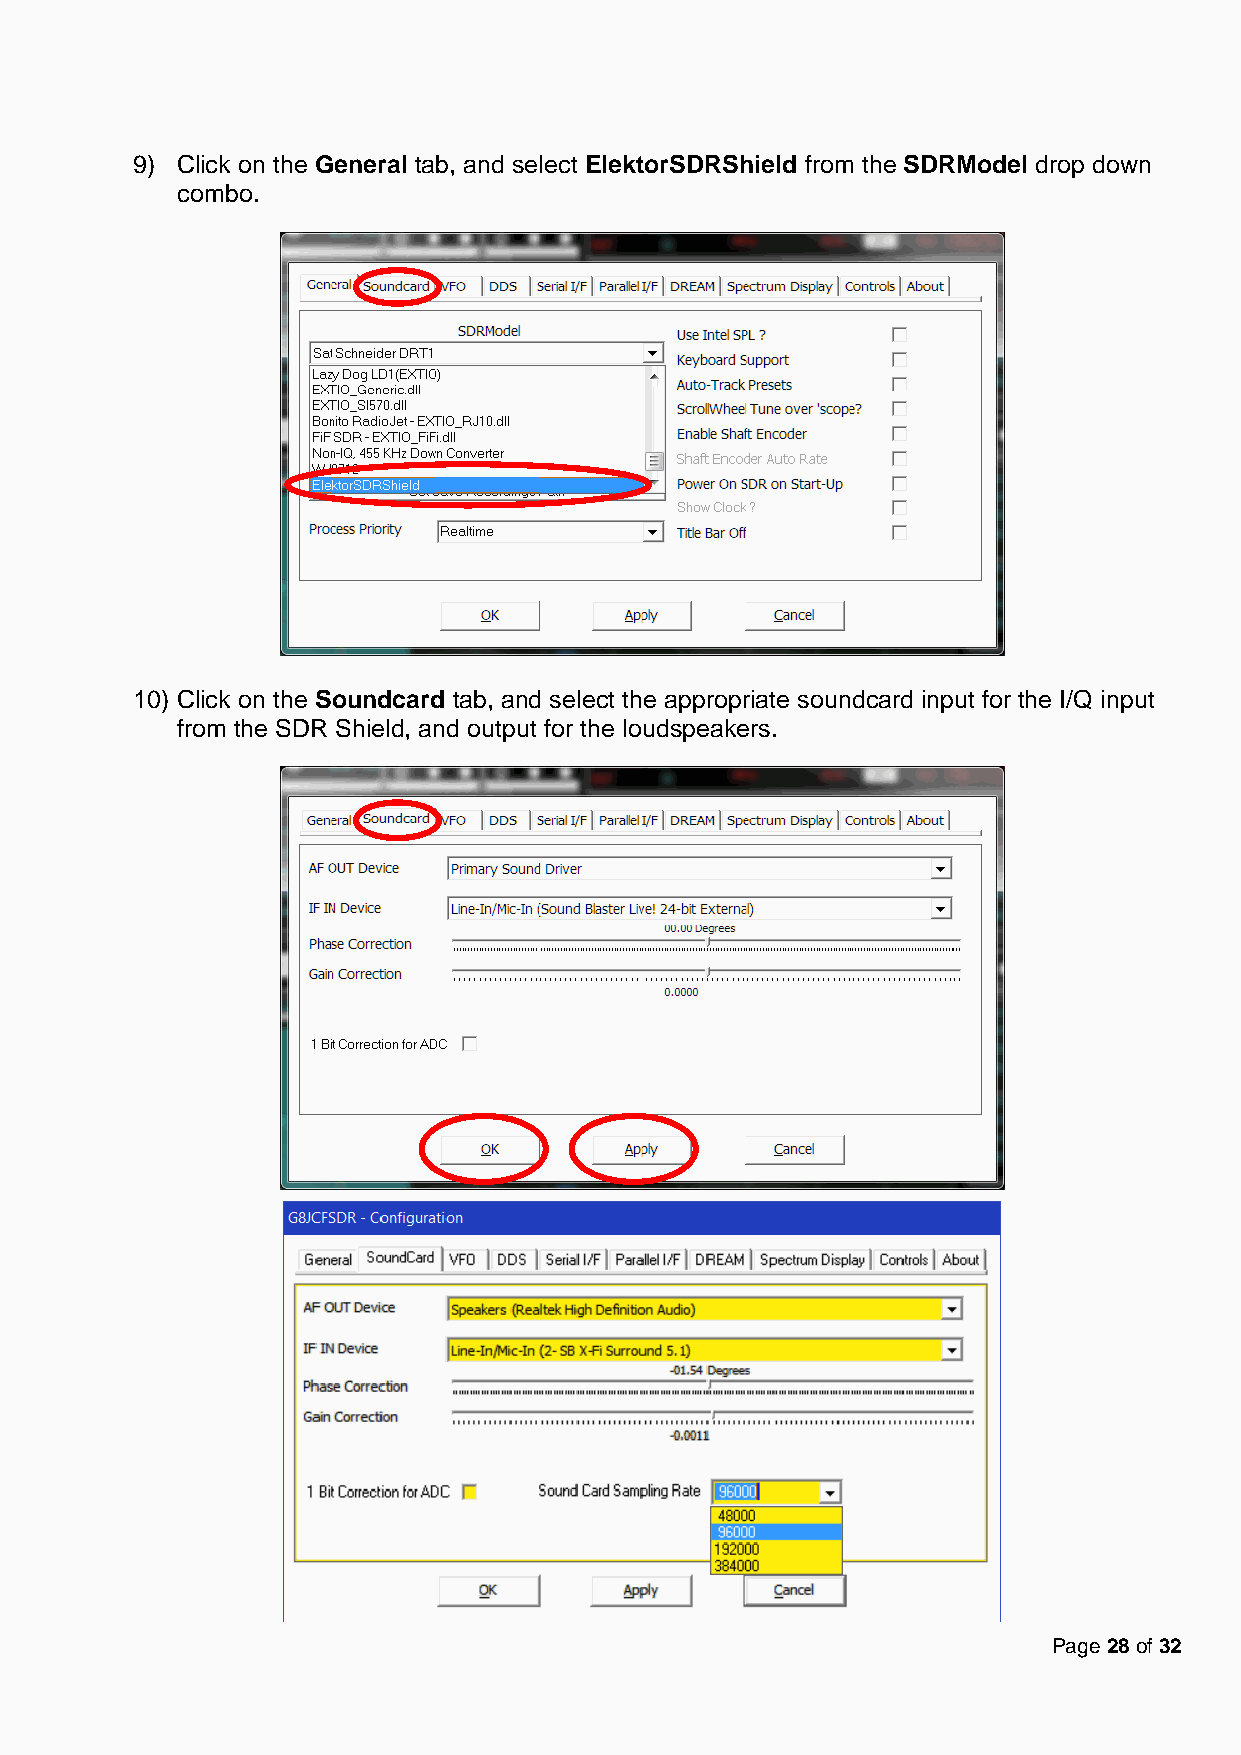
9) Click on the General tab, and select ElektorSDRShield from the SDRModel drop down
 combo.
 10) Click on the Soundcard tab, and select the appropriate soundcard input for the I/Q input
 from the SDR Shield, and output for the loudspeakers.
 Page 28 of 32